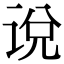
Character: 说